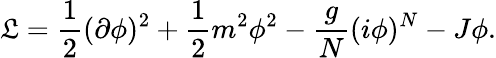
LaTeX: {\cal\mathfrak{L}}={\frac{{1}}{{2}}}(\partial\phi)^{2}+{\frac{{1}}{{2}}}m^{2}\phi^{2}-{\frac{{g}}{{N}}}(i\phi)^{N}-J\phi.